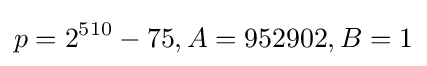
p=2^{510}-75,A=952902,B=1